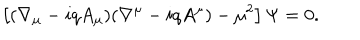
\left[ ( \nabla _ { \mu } - i q A _ { \mu } ) ( \nabla ^ { \mu } - i q A ^ { \mu } ) - \mu ^ { 2 } \right] \Psi = 0 .